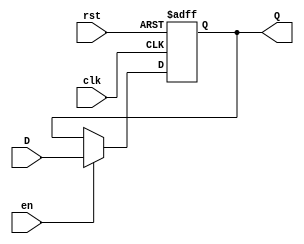
module input_register #(
    parameter WIDTH = 8 // Parameter for the width of the input data
)(
    input wire clk,      // Clock signal
    input wire rst,      // Reset signal (active high)
    input wire en,       // Enable signal
    input wire [WIDTH-1:0] D,  // Data input
    output reg [WIDTH-1:0] Q   // Data output
);

// Always block triggered by clock and reset signals
always @(posedge clk or posedge rst) begin
    if (rst) begin
        // Asynchronous reset: clear the output register
        Q <= {WIDTH{1'b0}}; // Set output to zero
    end else if (en) begin
        // Capture data on clock edge when enable is active
        Q <= D;
    end
    // If reset is not active and enable is not active, the output retains its value
end

endmodule